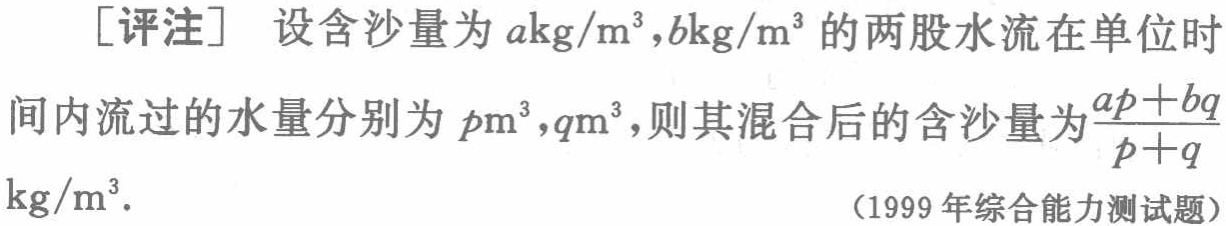
[评注] 设含沙量为 \(a\mathrm{kg}/\mathrm{m}^3\),\(b\mathrm{kg}/\mathrm{m}^3\) 的两股水流在单位时间内流过的水量分别为 \(p\mathrm{m}^3\),\(q\mathrm{m}^3\),则其混合后的含沙量为 \(\frac{ap + bq}{p + q}\mathrm{kg}/\mathrm{m}^3\).

（1999年综合能力测试题）